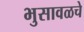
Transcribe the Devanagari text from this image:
भुसावळचे